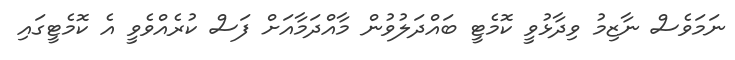
ނަމަވެސް ނާޒިމު ވިދާޅުވީ ކޮމެޓީ ބައްދަލުވުން މާއްދަމާއަށް ފަސް ކުރެއްވެވީ އެ ކޮމެޓީގައި